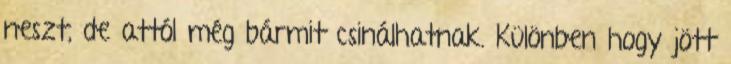
neszt, de attól még bármit csinálhatnak. Különben hogy jött